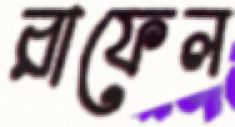
রাফেল